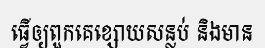
ធ្វើឲ្យពួកគេខ្សោយសន្លប់ និងមាន